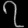
Digit: ၇